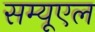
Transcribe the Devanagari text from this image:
सम्यूएल